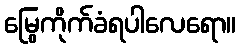
မြွေကိုက်ခံရပါလေရော။